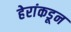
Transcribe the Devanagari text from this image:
हेरांकडून